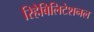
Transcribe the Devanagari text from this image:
रिहैबिलिटेशनल